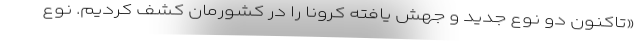
«تاکنون دو نوع جدید و جهش یافته کرونا را در کشورمان کشف کردیم. نوع